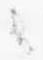
々